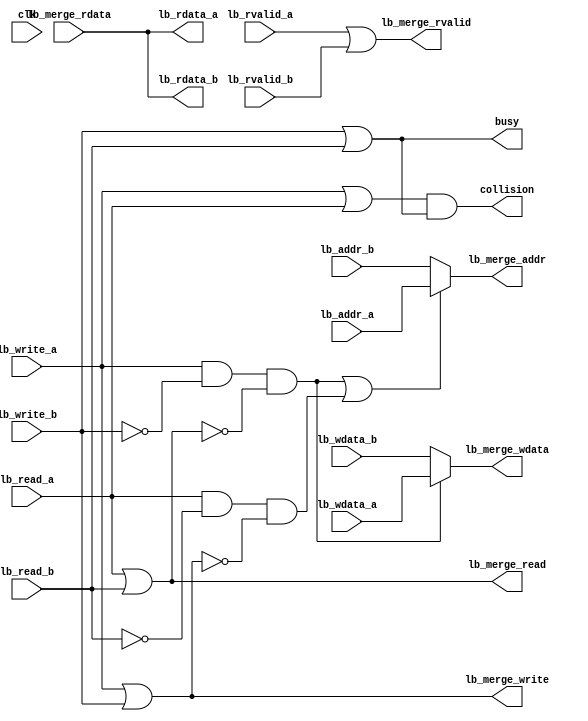
// Conflict merging table:
//  A  B  Merged  Policy
//
//  w  w  B_w     A will retry after B finish
//  r  r  B_r     A will retry after B finish
//  r  w  B_w     A will retry after B finish
//  w  r  B_r     A will hold

module lb_merge #(
	parameter READ_DELAY=3,
	parameter ADW=20
) (
	input clk,
	output collision,
    output busy,
	// Controlling bus A (CPU)
	input            lb_write_a,
	input            lb_read_a,
	input  [31:0]    lb_wdata_a,
	input  [ADW-1:0] lb_addr_a,
	output [31:0]    lb_rdata_a,
    input            lb_rvalid_a,
	// Controlling bus B (LB)
	input            lb_write_b,
	input            lb_read_b,
	input  [31:0]    lb_wdata_b,
	input  [ADW-1:0] lb_addr_b,
	output [31:0]    lb_rdata_b,
    input            lb_rvalid_b,
	// Controlled bus
	output           lb_merge_write,
	output           lb_merge_read,
	output [31:0]    lb_merge_wdata,
	output [ADW-1:0] lb_merge_addr,
	input  [31:0]    lb_merge_rdata,
    output           lb_merge_rvalid
);

assign lb_merge_read = lb_read_a | lb_read_b;
assign lb_merge_write = lb_write_a | lb_write_b;

wire select_write_a = lb_write_a & ~lb_write_b & ~lb_merge_read;
wire select_read_a  = lb_read_a  & ~lb_read_b & ~lb_merge_write;

wire lb_strobe_a = lb_write_a | lb_read_a;
wire lb_strobe_b = lb_write_b | lb_read_b;

assign collision = lb_strobe_a & lb_strobe_b;
assign busy = lb_strobe_b;
assign lb_merge_addr  = (select_write_a | select_read_a) ? lb_addr_a : lb_addr_b;
assign lb_merge_wdata = select_write_a ? lb_wdata_a : lb_wdata_b;

assign lb_rdata_a = lb_merge_rdata;
assign lb_rdata_b = lb_merge_rdata;
assign lb_merge_rvalid = lb_rvalid_a | lb_rvalid_b;

endmodule